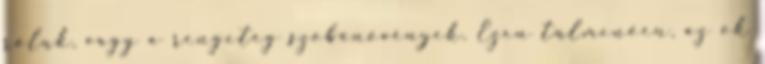
róluk, vagy a rengeteg szobanövények. Ezen túlmenően, az ok